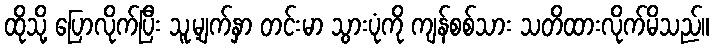
ထိုသို့ ပြောလိုက်ပြီး သူ့မျက်နှာ တင်းမာ သွားပုံကို ကျန်စစ်သား သတိထားလိုက်မိသည်။